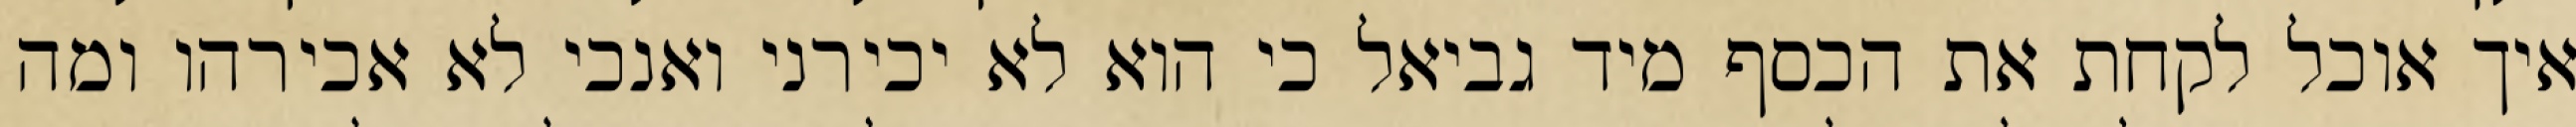
איך אוכל לקחת את הכסף מיד גביאל כי הוא לא יכירני ואנכי לא אכירהו ומה